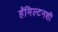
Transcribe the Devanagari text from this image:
हॅमिल्टनशी